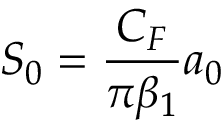
S _ { 0 } = \frac { C _ { F } } { \pi \beta _ { 1 } } a _ { 0 }